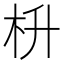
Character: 枡